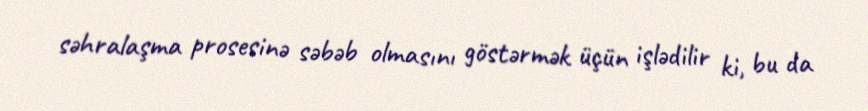
səhralaşma prosesinə səbəb olmasını göstərmək üçün işlədilir ki, bu da